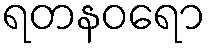
ရတနဝရော